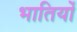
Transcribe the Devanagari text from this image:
भातियों